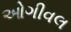
ઓગીવલ